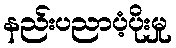
နည်းပညာပံ့ပိုးမှု